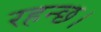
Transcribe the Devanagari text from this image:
रहन्छ।